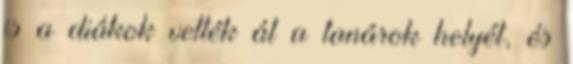
is a diákok vették át a tanárok helyét, és